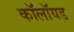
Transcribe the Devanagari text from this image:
कॉलॉयड